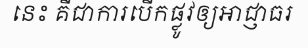
នេះ គឺជាការបើកផ្លូវឲ្យអាជ្ញាធរ